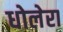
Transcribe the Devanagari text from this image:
धोलेरा